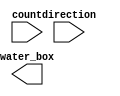
module encoder_water_box(
    input direction,
    input [2:0] count,
    output [1:0] water_box
);

/*
| 3bit  | 2bit  |
| count | level |
|   0   |   C   |
|   1   |   L   |
|   2   |   L   |
|   3   |   M   | when the direction is down, the lvl is L
|   4   |   M   | when the direction is down, the lvl is L
|   5   |   M   |
|   6   |   M   |
|   7   |   H   |

lvl0 = Q2' · (Q1 XOR Q0) + Q2 · Q1 · Q0 + D' (Q2 · Q1' · Q0' + Q2' · Q1 · Q0)
lvl1 = Q2 · (Q1 + Q1' · Q0) + D · (Q2 · Q1' · Q0' + Q2' · Q1 · Q0)
*/

// Q1 XOR Q0
xor(aux[0], count[1], count[0]);

// Q2 · Q1' · Q0' + Q2' · Q1 · Q0
and(aux[1], !count[2], count[1], count[0]);
and(aux[2], count[2], !count[1], !count[0]);
or(aux[3], aux[1], aux[2]);

// D (Q2 · Q1' · Q0' + Q2' · Q1 · Q0)
and(aux[4], aux[3], direction);

// D' (Q2 · Q1' · Q0' + Q2' · Q1 · Q0)
and(aux[5], aux[3], !direction);

// Q2 · Q1 · Q0
and(aux[6], count[2], count[1], count[0]);

// Q2' · (Q1 XOR Q0)
and(aux[7], !count[2], aux[0]);

// Q1' · Q0
and(aux[8], !count[1], count[0]);

// Q1 + Q1' · Q0
or(aux[9], count[1], aux[8]);

// Q2 · (Q1 + Q1' · Q0)
and(aux[10], aux[9], count[2]);

// lvl0
or(water_box[0], aux[7], aux[6], aux[5]);

// lvl1
or(water_box[1], aux[10], aux[4]);

endmodule